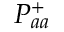
P _ { a a } ^ { + }